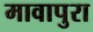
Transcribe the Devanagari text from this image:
मावापुरा